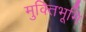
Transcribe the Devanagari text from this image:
मुक्तिभूमि